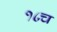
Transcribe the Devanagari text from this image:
१८च